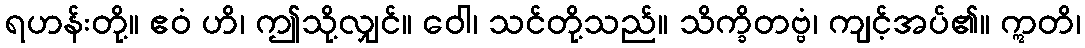
ရဟန်းတို့။ ဧဝံ ဟိ၊ ဤသို့လျှင်။ ဝေါ၊ သင်တို့သည်။ သိက္ခိတဗ္ဗံ၊ ကျင့်အပ်၏။ ဣတိ၊